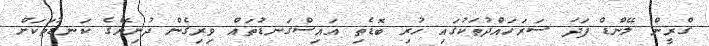
ގްރީން ލޭންޑް ފަދަ ސަރަހައްދުތަކުގައި ހުރި ބޮޑެތި އައިސްގަނޑުތައް ވިރިގެން ދުނިޔޭގެ ކަނޑުތަކަށް